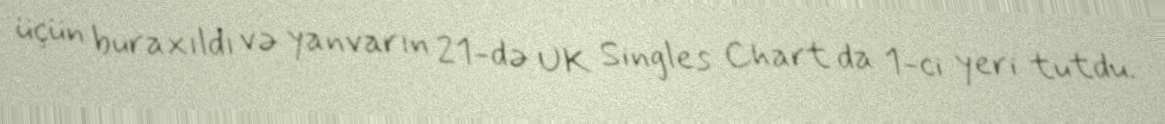
üçün buraxıldı və yanvarın 21-də UK Singles Chart da 1-ci yeri tutdu.